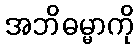
အဘိဓမ္မာကို